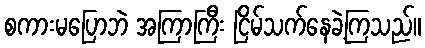
စကားမပြောဘဲ အကြာကြီး ငြိမ်သက်နေခဲ့ကြသည်။